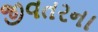
જીવતરના